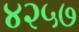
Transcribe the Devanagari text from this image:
४२५७